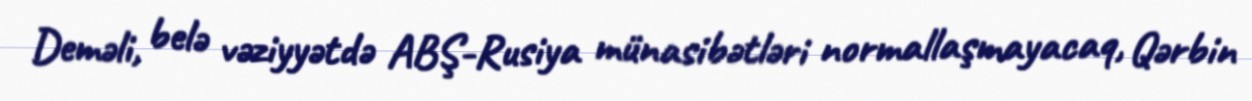
Deməli, belə vəziyyətdə ABŞ-Rusiya münasibətləri normallaşmayacaq, Qərbin